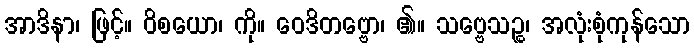
အာဒိနာ၊ ဖြင့်။ ဝိစယော၊ ကို။ ဝေဒိတဗ္ဗော၊ ၏။ သဗ္ဗေသဉ္စ၊ အလုံးစုံကုန်သော